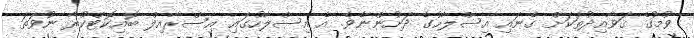
ވުމުގެ ޤަވާއިދުތަކަށް ގެނައި އިސްލާހުގެ ދަށުންނެވެ. އެ އިސްލާހުގައި އިސްރާއިލް ބޮއިކޮޓްކުރާ ނުވަތަ